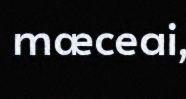
mæceai,